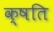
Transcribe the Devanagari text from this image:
क्षति